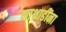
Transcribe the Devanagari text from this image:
माथाडींना